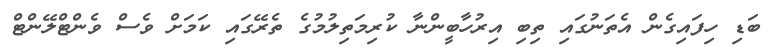
ބަޑި ހިފައިގެން އެތަނުގައި ތިބި އިރުހާބީންނާ ކުރިމަތިލުމުގެ ތެރޭގައި ކަމަށް ވެސް ވެންޓްލޭންޓް